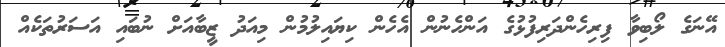
އޭނަގެ ލޯބިވާ ފިރިހެންދަރިފުޅުގެ އަންހެނުން އެހެން ކިޔައިލުމުން މިއަދު ޒީބާއަށް ނުބައި އަސަރުތަކެއް